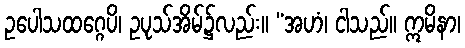
ဥပေါသထဂ္ဂေပိ၊ ဥပုသ်အိမ်၌လည်း။ “အဟံ၊ ငါသည်။ ဣမိနာ၊